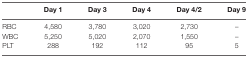
<table><thead><tr><td></td><td><b>Day 1</b></td><td><b>Day 3</b></td><td><b>Day 4</b></td><td><b>Day 4/2</b></td><td><b>Day 9</b></td></tr></thead><tbody><tr><td>RBC</td><td>4,580</td><td>3,780</td><td>3,020</td><td>2,730</td><td>–</td></tr><tr><td>WBC</td><td>5,250</td><td>5,020</td><td>2,070</td><td>1,550</td><td>–</td></tr><tr><td>PLT</td><td>288</td><td>192</td><td>112</td><td>95</td><td>5</td></tr></tbody></table>